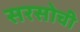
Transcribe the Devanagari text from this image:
सरसोची